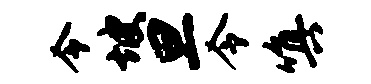
令坡旦令嗔